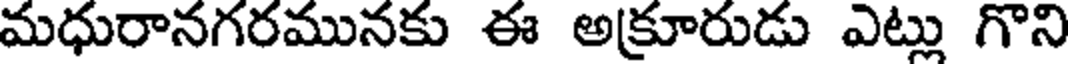
మధురానగరమునకు ఈ అక్రూరుడు ఎట్లు గొని